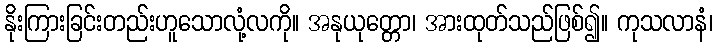
နိုးကြားခြင်းတည်းဟူသောလုံ့လကို။ အနုယုတ္တော၊ အားထုတ်သည်ဖြစ်၍။ ကုသလာနံ၊